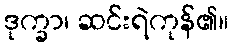
ဒုက္ခာ၊ ဆင်းရဲကုန်၏။